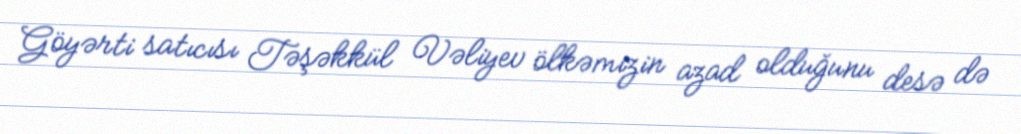
Göyərti satıcısı Təşəkkül Vəliyev ölkəmizin azad olduğunu desə də